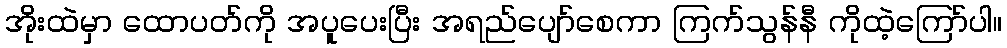
အိုးထဲမှာ ထောပတ်ကို အပူပေးပြီး အရည်ပျော်စေကာ ကြက်သွန်နီ ကိုထဲ့ကြော်ပါ။